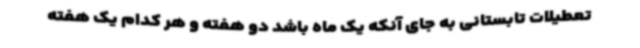
تعطیلات تابستانی به جای آنکه یک ماه باشد دو هفته و هر کدام یک هفته